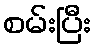
စမ်းပြီး